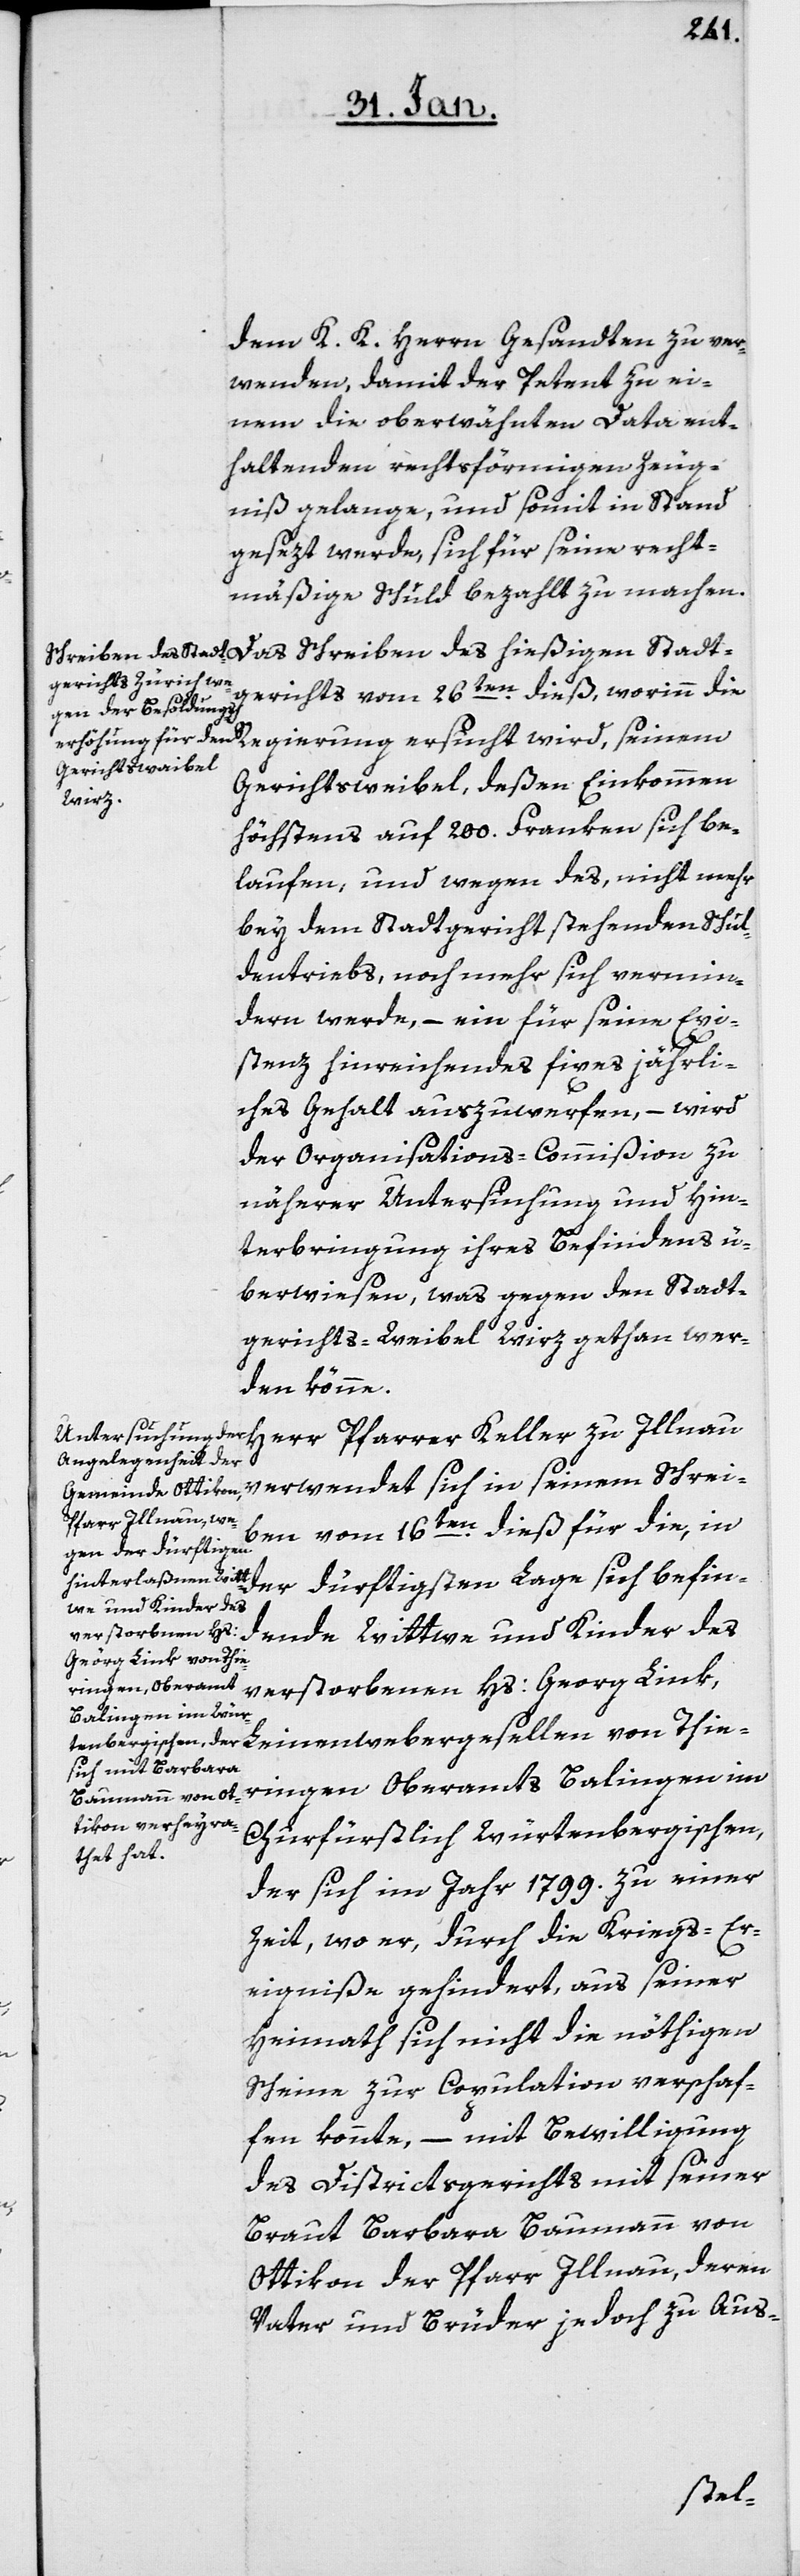
Thi¬
dem K. K. Herrn Gesandten zu ver¬
wenden, damit der Petent zu ei¬
nem die oberwähnten Data ent¬
haltenden rechtsförmigen Zeug¬
niß gelange, und somit in Stand
gesezt werde, sich für seine recht¬
mäßige Schuld bezahlt zu machen.
gerichts vom 26ten. dieß, worinn die
Regierung ersucht wird, seinem
Gerichtsweibel, deßen Einkommen
Witt¬
höchstens auf 200. Franken sich be¬
laufen, und wegen des, nicht mehr
bey dem Stadtgericht stehenden Schul¬
dentriebs, noch mehr sich vermin¬
dern werde, – ein für seine Exi¬
stenz hinreichendes fixes jährli¬
ches Gehalt auszuwerfen, – wird
der Organisations-Commißion zu
näherer Untersuchung und Hin¬
terbringung ihres Befindens ü¬
berwiesen, was gegen den Stadt¬
gerichts-Weibel Wirz gethan wer¬
den könne.
en vom 16ten. dieß für die, i¬
n der dürftigsten
we und Kinder des
eringen, Oberamts Balingen im
Churfürstlich Würtembergischen,
der sich im Jahr 1799. zu einer
Zeit, wo er, durch die Kriegs-Er¬
eigniße gehindert, aus seiner
Heimath sich nicht die nöthigen
Scheine zur Copulation verschaf¬
fen konnte, – mit Bewilligung
des Districtsgerichts mit seiner
Braut Barbara Baumann von
Ottikon, der Pfarr Illnau, deren
Vater und Brüder jedoch zu Aus-
Schreib¬